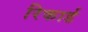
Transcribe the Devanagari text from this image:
रिकार्ड